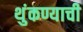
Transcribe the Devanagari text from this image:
थुंकण्याची